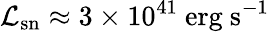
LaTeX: \mathcal{L}_{\mathrm{sn}}\approx 3\times 10^{41}~\mathrm{erg~s}^{-1}